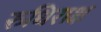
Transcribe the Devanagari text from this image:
रुधिराक्ष